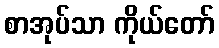
စာအုပ်သာ ကိုယ်တော်